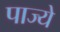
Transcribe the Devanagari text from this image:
पाज्ये